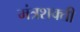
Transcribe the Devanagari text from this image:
मंत्रशक्ती